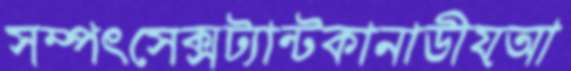
সম্পৎসেক্সট্যান্টকানাডীয়আ